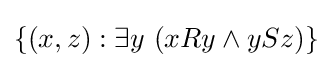
\left\{\left(x,z\right):\exists y\,\left(xRy\wedge ySz\right)\right\}